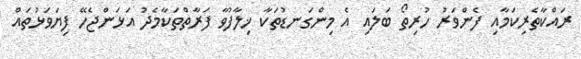
ރައްކާތެރިކަމާއި ފެންވަރު ހުރިތޯ ބަލައި އެ މިންގަނޑުތަކާ ޚިލާފުވާ ފަރާތްތަކާމެދު އަޅަންޖެހޭ ފިޔަވަޅުތައް